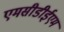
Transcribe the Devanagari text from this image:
एमसीडीईएम